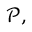
{ \mathcal { P } } ,